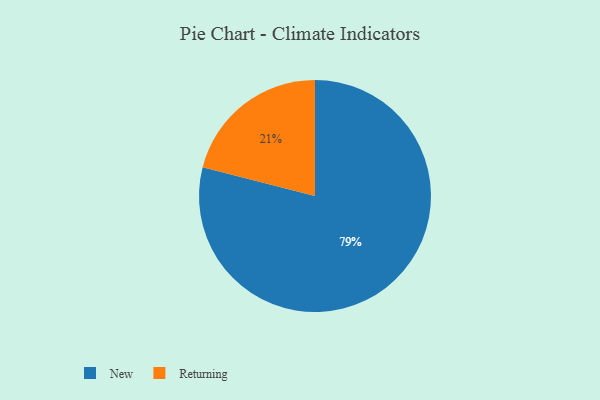
{"axis": {"x": "Category", "y": "Percentage"}, "legend": ["New", "Returning"], "data": [{"x": "New", "y": 79, "type": "New"}, {"x": "Returning", "y": 21, "type": "Returning"}]}